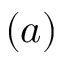
( a )